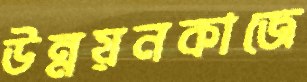
উন্নয়নকাজে